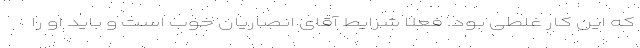
که این کار غلطی بود. فعلا شرایط آقای انصاریان خوب است و باید او را